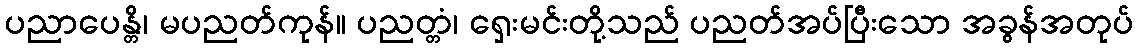
ပညာပေန္တိ၊ မပညတ်ကုန်။ ပညတ္တံ၊ ရှေးမင်းတို့သည် ပညတ်အပ်ပြီးသော အခွန်အတုပ်